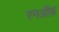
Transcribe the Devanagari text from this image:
रनऑफ़